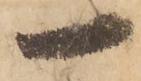
一